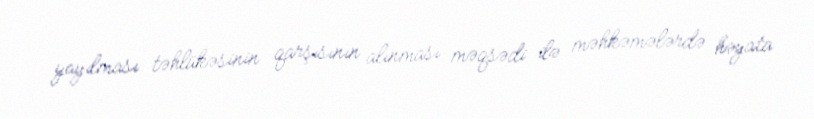
yayılması təhlükəsinin qarşısının alınması məqsədi ilə məhkəmələrdə həyata